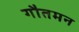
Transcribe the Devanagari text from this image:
गौतमन